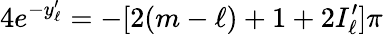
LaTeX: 4e^{-y_{\ell}^{\prime}}=-[2(m-\ell)+1+2I_{\ell}^{\prime}]\pi